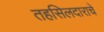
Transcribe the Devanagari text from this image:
तहसिलदाराचे